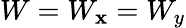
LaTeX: W=W_{\mathbf{x}}=W_{y}